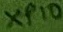
Text: XP10